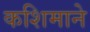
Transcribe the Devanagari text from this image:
कशिमाने